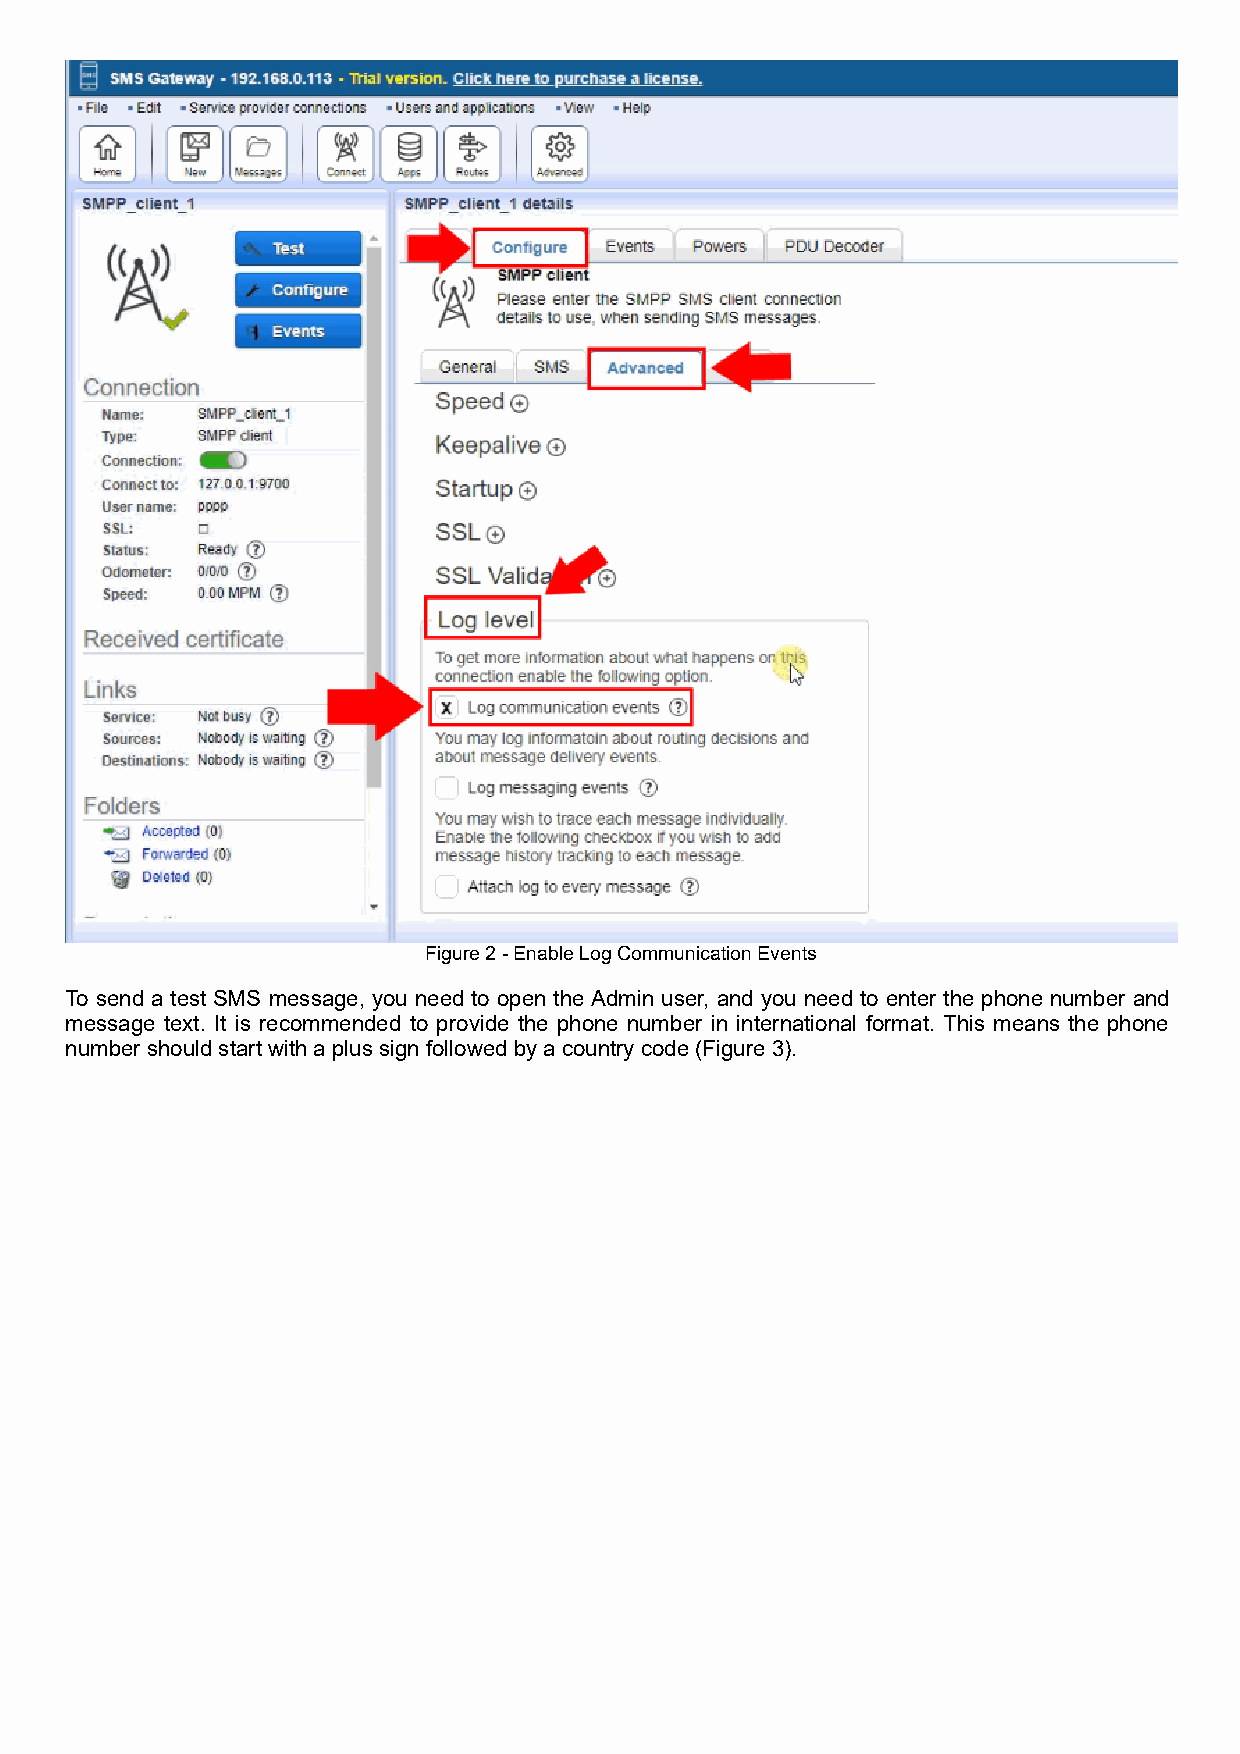
Figure 2 - Enable Log Communication Events
 To send a test SMS message, you need to open the Admin user, and you need to enter the phone number and
 message text. It is recommended to provide the phone number in international format. This means the phone
 number should start with a plus sign followed by a country code (Figure 3).